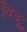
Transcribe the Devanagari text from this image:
विदुं